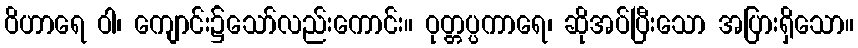
ဝိဟာရေ ဝါ၊ ကျောင်း၌သော်လည်းကောင်း။ ဝုတ္တပ္ပကာရေ၊ ဆိုအပ်ပြီးသော အပြားရှိသော။